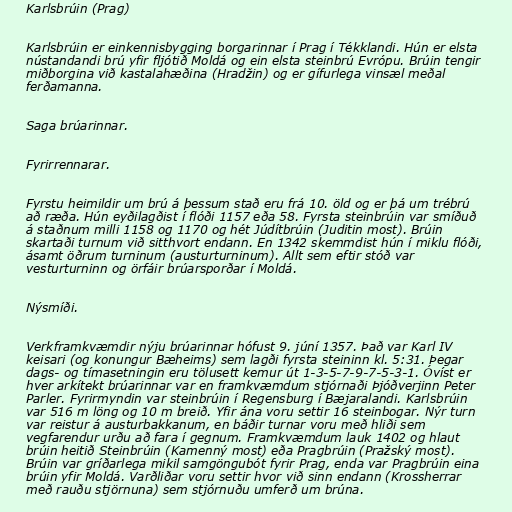
Karlsbrúin (Prag)

Karlsbrúin er einkennisbygging borgarinnar í Prag í Tékklandi. Hún er elsta
nústandandi brú yfir fljótið Moldá og ein elsta steinbrú Evrópu. Brúin tengir
miðborgina við kastalahæðina (Hradžin) og er gífurlega vinsæl meðal
ferðamanna.

Saga brúarinnar.

Fyrirrennarar.

Fyrstu heimildir um brú á þessum stað eru frá 10. öld og er þá um trébrú
að ræða. Hún eyðilagðist í flóði 1157 eða 58. Fyrsta steinbrúin var smíðuð
á staðnum milli 1158 og 1170 og hét Júdítbrúin (Juditin most). Brúin
skartaði turnum við sitthvort endann. En 1342 skemmdist hún í miklu flóði,
ásamt öðrum turninum (austurturninum). Allt sem eftir stóð var
vesturturninn og örfáir brúarsporðar í Moldá.

Nýsmíði.

Verkframkvæmdir nýju brúarinnar hófust 9. júní 1357. Það var Karl IV
keisari (og konungur Bæheims) sem lagði fyrsta steininn kl. 5:31. Þegar
dags- og tímasetningin eru tölusett kemur út 1-3-5-7-9-7-5-3-1. Óvíst er
hver arkítekt brúarinnar var en framkvæmdum stjórnaði Þjóðverjinn Peter
Parler. Fyrirmyndin var steinbrúin í Regensburg í Bæjaralandi. Karlsbrúin
var 516 m löng og 10 m breið. Yfir ána voru settir 16 steinbogar. Nýr turn
var reistur á austurbakkanum, en báðir turnar voru með hliði sem
vegfarendur urðu að fara í gegnum. Framkvæmdum lauk 1402 og hlaut
brúin heitið Steinbrúin (Kamenný most) eða Pragbrúin (Pražský most).
Brúin var gríðarlega mikil samgöngubót fyrir Prag, enda var Pragbrúin eina
brúin yfir Moldá. Varðliðar voru settir hvor við sinn endann (Krossherrar
með rauðu stjörnuna) sem stjórnuðu umferð um brúna.